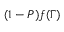
( 1 - P ) f ( \Gamma )